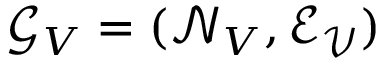
\mathcal { G } _ { V } = ( \mathcal { N } _ { V } , \mathcal { E _ { V } } )